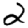
Digit: 2